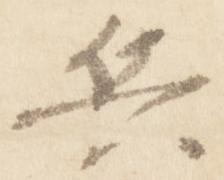
兵